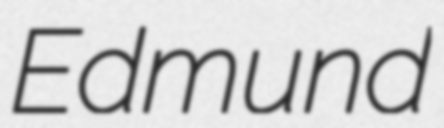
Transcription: Edmund